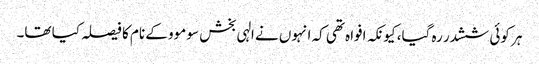
ہر کوئی ششدر رہ گیا، کیونکہ افواہ تھی کہ انہوں نے الہی بخش سو موو کے نام کا فیصلہ کیا تھا۔